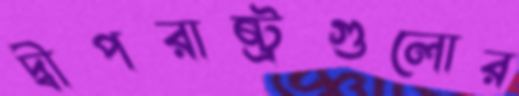
দ্বীপরাষ্ট্রগুলোর